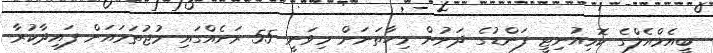
ބީއެމްއެލްގެ ކޮމިއުނިޓީ ފަންޑުގެ ދަށުން މިހާތަނަށް މިވަނީ 55 ރަށެއްގައި މުޖުތަމައަށް ފައިދާކުރާ